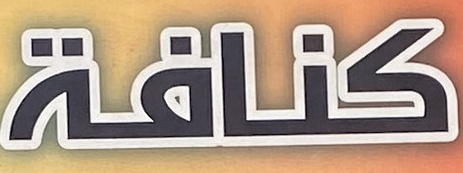
كنافة